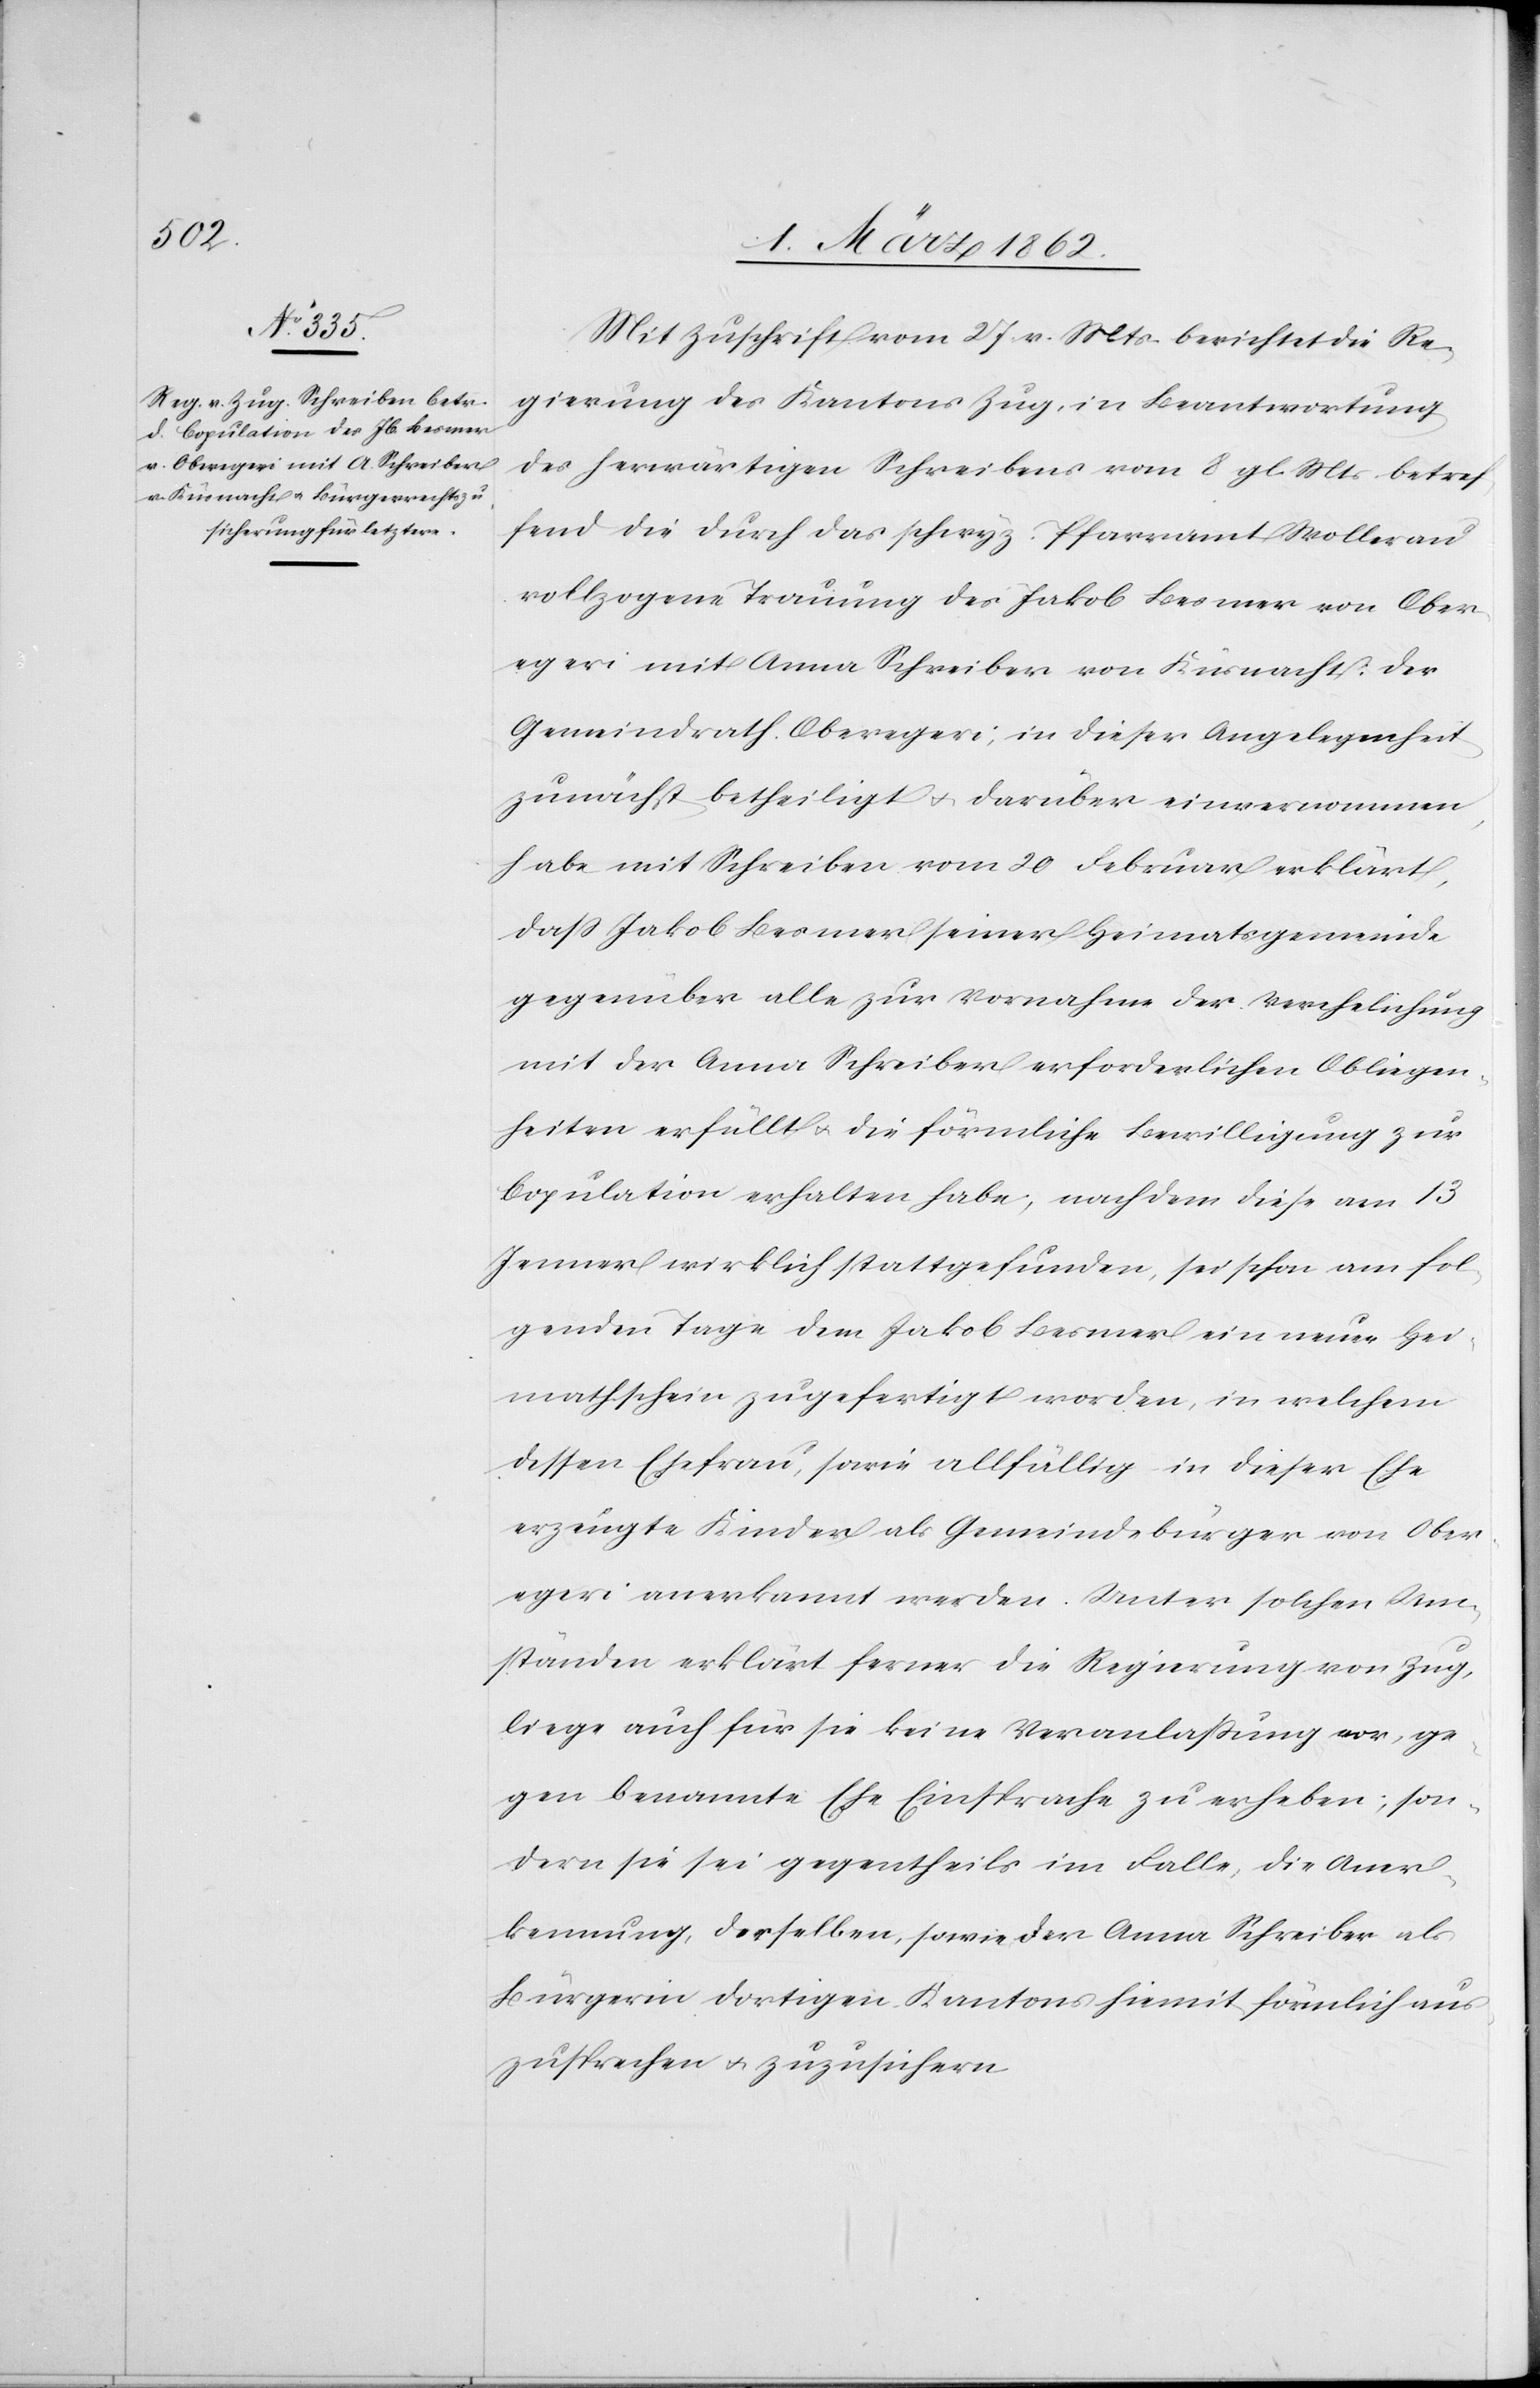
Mit Zuschrift vom 27. v. Mts. berichtet die Re¬
gierung des Kantons Zug, in Beantwortung
des herwärtigen Schreibens vom 8 gl Mts betref¬
fend die durch das schwyz. Pfarramt Wollerau
vollzogene Trauung des Jakob Besmer von Ober¬
egeri mit Anna Schreiber von Küsnacht: der
Gemeindrath Oberegeri, in dieser Angelegenheit
zunächst betheiligt u. darüber einvernommen,
habe mit Schreiben vom 20 Februar erklärt,
daß Jakob Besmer seiner Heimatsgemeinde
gegenüber alle zur Vornahme der Verehelichung
mit der Anna Schreiber erforderlichen Obliegen¬
heiten erfüllt u. die förmliche Bewilligung zur
Copulation erhalten habe, nachdem diese am 13
Jenner wirklich stattgefunden, sei schon am fol¬
genden Tage dem Jakob Besmer ein neuer Hei¬
mathschein zugefertigt worden, in welchem
dessen Ehefrau, sowie allfällig in dieser Ehe
erzeugte Kinder als Gemeindebürger von Ober¬
egeri anerkannt werden. Unter solchen Um¬
ständen erklärt ferner die Regierung von Zug,
liege auch für sie keine Veranlaßung vor, ge¬
gen benannte Ehe Einsprache zu erheben; son¬
dern sie sei gegentheils im Falle, die Aner¬
kennung derselben, sowie der Anna Schreiber al¬
s Bürgerin dortigen Kantons hiemit förmlich aus¬
zusprechen u. zuzusichern